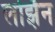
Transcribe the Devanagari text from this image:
लोझॅन